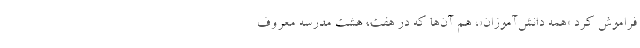
فراموش کرد «همه دانش‌آموزان»، هم آن‌ها که در هفت، هشت مدرسه معروف